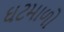
ઘટમાળો